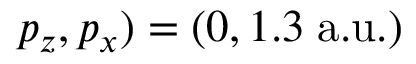
p _ { z } , p _ { x } ) = ( 0 , 1 . 3 \; \mathrm { a . u . ) }